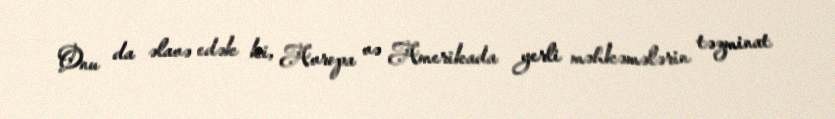
Onu da əlavə edək ki, Avropa və Amerikada yerli məhkəmələrin təzminat